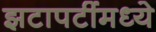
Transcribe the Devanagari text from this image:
झटापटींमध्ये